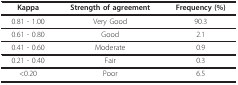
<table><thead><tr><td><b>Kappa</b></td><td><b>Strength of agreement</b></td><td><b>Frequency (%)</b></td></tr></thead><tbody><tr><td>0.81 - 1.00</td><td>Very Good</td><td>90.3</td></tr><tr><td>0.61 - 0.80</td><td>Good</td><td>2.1</td></tr><tr><td>0.41 - 0.60</td><td>Moderate</td><td>0.9</td></tr><tr><td>0.21 - 0.40</td><td>Fair</td><td>0.3</td></tr><tr><td>&lt;0.20</td><td>Poor</td><td>6.5</td></tr></tbody></table>